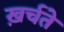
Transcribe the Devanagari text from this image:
ख़र्चते